Civil Veterinary Department. Madras. Admin. report 1926-33 - 1926-1933
Year: 1926
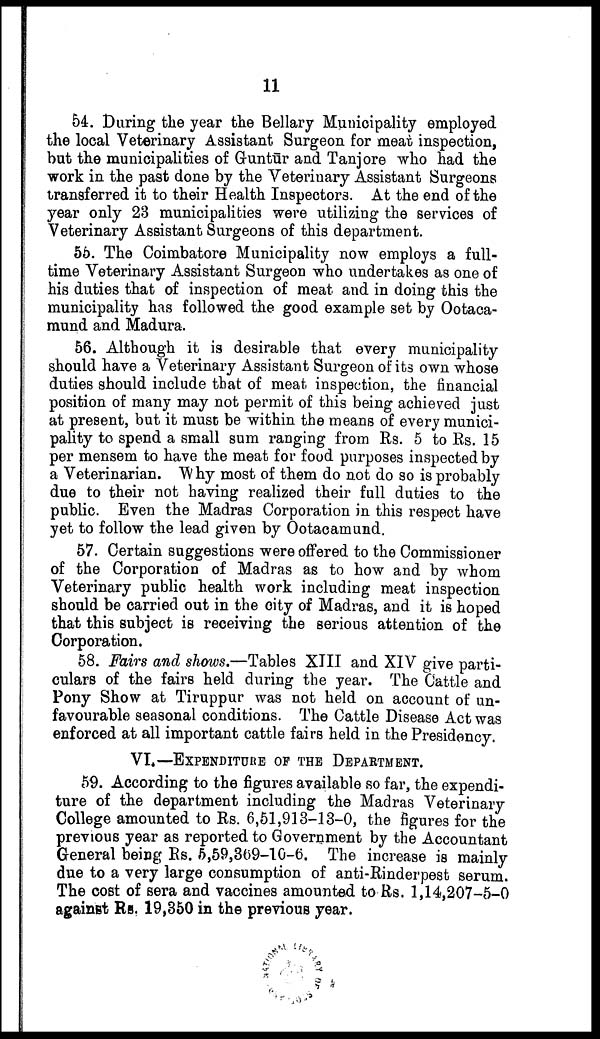
11
54. During the year the Bellary Municipality employed
the local Veterinary Assistant Surgeon for meat inspection,
but the municipalities of Guntūr and Tanjore who had the
work in the past done by the Veterinary Assistant Surgeons
transferred it to their Health Inspectors. At the end of the
year only 23 municipalities were utilizing the services of
Veterinary Assistant Surgeons of this department.
55. The Coimbatore Municipality now employs a full-
time Veterinary Assistant Surgeon who undertakes as one of
his duties that of inspection of meat and in doing this the
municipality has followed the good example set by Ootaca-
mund and Madura.
56. Although it is desirable that every municipality
should have a Veterinary Assistant Surgeon of its own whose
duties should include that of meat inspection, the financial
position of many may not permit of this being achieved just
at present, but it muse be within the means of every munici
pality to spend a small sum ranging from Rs. 5 to Rs. 15
per mensem to have the meat for food purposes inspected by
a Veterinarian. Why most of them do not do so is probably
due to their not having realized their full duties to the
public. Even the Madras Corporation in this respect have
yet to follow the lead given by Ootacamund.
57. Certain suggestions were offered to the Commissioner
of the Corporation of Madras as to how and by whom
Veterinary public health work including meat inspection
should be carried out in the city of Madras, and it is hoped
that this subject is receiving the serious attention of the
Corporation.
58. Fairs and shows.—Tables XIII and XIV give parti
culars of the fairs held during the year. The Cattle and
Pony Show at Tiruppur was not held on account of un
favourable seasonal conditions. The Cattle Disease Act was
enforced at all important cattle fairs held in the Presidency.
VI.—EXPENDITURE OF THE DEPARTMENT.
59. According to the figures available so far, the expendi
ture of the department including the Madras Veterinary
College amounted to Rs. 6,51,913-13-0, the figures for the
previous year as reported to Government by the Accountant
General being Rs. 5,59,309-10-6. The increase is mainly
due to a very large consumption of anti-Rinderpest serum.
The cost of sera and vaccines amounted to Rs. 1,14,207-5-0
against Rs, 19,350 in the previous year.